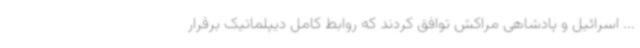
... اسرائیل و پادشاهی مراکش توافق کردند که روابط کامل دیپلماتیک برقرار